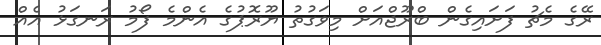
ރޭގެ މެޗު ފަށައިގެން ބްރޫޖްއަށް މިވަގުތު ޔޫރޮޕުގެ އެންމެ ފޯމު ރަނގަޅު އެއް